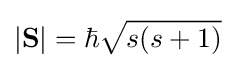
|\mathbf {S} |=\hbar {\sqrt {s(s+1)}}\,\!